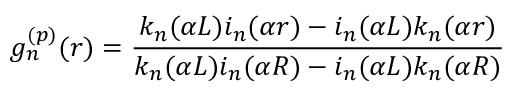
g _ { n } ^ { ( p ) } ( r ) = \frac { k _ { n } ( \alpha L ) i _ { n } ( \alpha r ) - i _ { n } ( \alpha L ) k _ { n } ( \alpha r ) } { k _ { n } ( \alpha L ) i _ { n } ( \alpha R ) - i _ { n } ( \alpha L ) k _ { n } ( \alpha R ) }